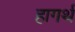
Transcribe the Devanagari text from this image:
हागर्थ